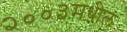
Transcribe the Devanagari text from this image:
२००३मधील